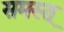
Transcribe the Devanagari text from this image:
समस्त्